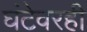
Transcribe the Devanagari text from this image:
घंटेवरही